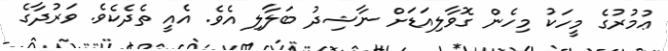
ޢުމުރުގެ މީހަކު މިހެން ގޮވާލިއަޑަށް ނާޝިދު ބަލާލި އެވެ. އެއީ ތެދެކެވެ. ވަރުދާގެ